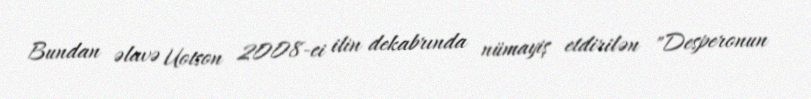
Bundan əlavə Uotson 2008-ci ilin dekabrında nümayiş etdirilən "Desperonun